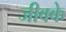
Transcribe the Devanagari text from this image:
जीवके